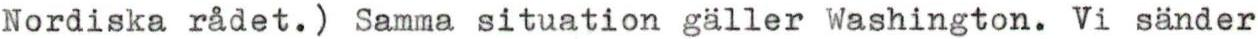
Nordiska rådet.) Samma situation gäller Washington. Vi sänder